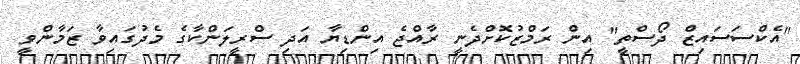
"އެކްސަސައިޒް ދޯސްތީ" އިން ރަމްޒުކޮށްދެނީ ރާއްޖެ އިންޑިޔާ އަދި ސްރީލަންކާގެ މެދުގައިވާ ޒަމާންވީ